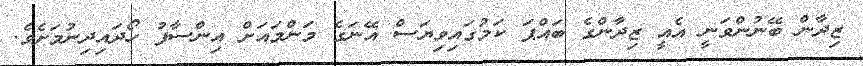
ޒިދާން ބޭނުންވަނީ އެއީ ޒިދާންގެ ބައްޕަ ކަމުގައިވިޔަސް އޭނަގެ މަންމައަށް އިންސާފު ހޯދައިދިނުމަށެވެ.